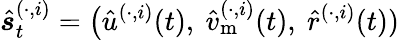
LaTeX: \hat{\boldsymbol{s}}_{t}^{(\cdot,i)}=\big(\hat{u}^{(\cdot,i)}(t),~\hat{v}_{\mathrm{m}}^{(\cdot,i)}(t),~\hat{r}^{(\cdot,i)}(t))